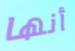
أنها